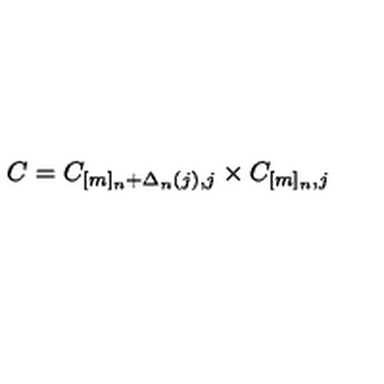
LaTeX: C = C _ { [ m ] _ { n } + \Delta _ { n } ( j ) , j } \times C _ { [ m ] _ { n } , j }